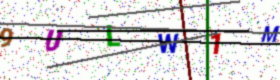
Text: 9ULW1M